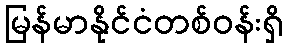
မြန်မာနိုင်ငံတစ်ဝန်းရှိ